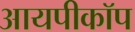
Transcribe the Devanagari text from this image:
आयपीकॉप